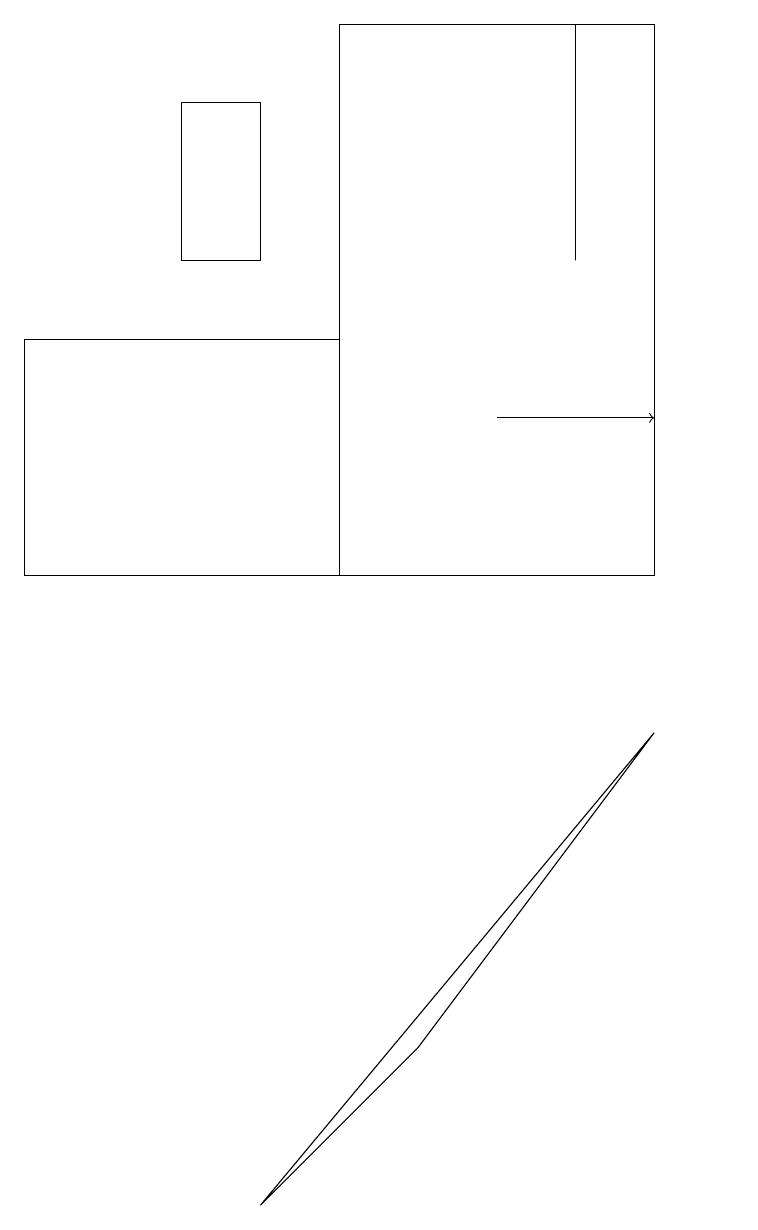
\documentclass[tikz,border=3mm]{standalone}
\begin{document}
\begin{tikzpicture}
\draw (9,13) rectangle (9,13);
\draw (7,15) rectangle (7,18);
\draw (0,11) rectangle (4,14);
\draw (8,9) -- (3,3) -- (5,5) -- cycle;
\draw (4,11) rectangle (8,18);
\draw[->] (6,13) -- (8,13);
\draw (3,15) rectangle (2,17);
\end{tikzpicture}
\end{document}